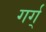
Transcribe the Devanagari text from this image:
गर्ग्